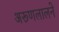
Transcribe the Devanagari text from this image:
अरूणलालने